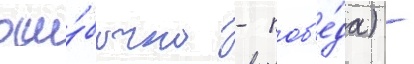
оши́бочно - поб'е́да) -